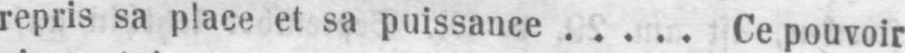
repris sa place et sa puissance ..... Ce pouvoir